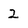
Character: 2